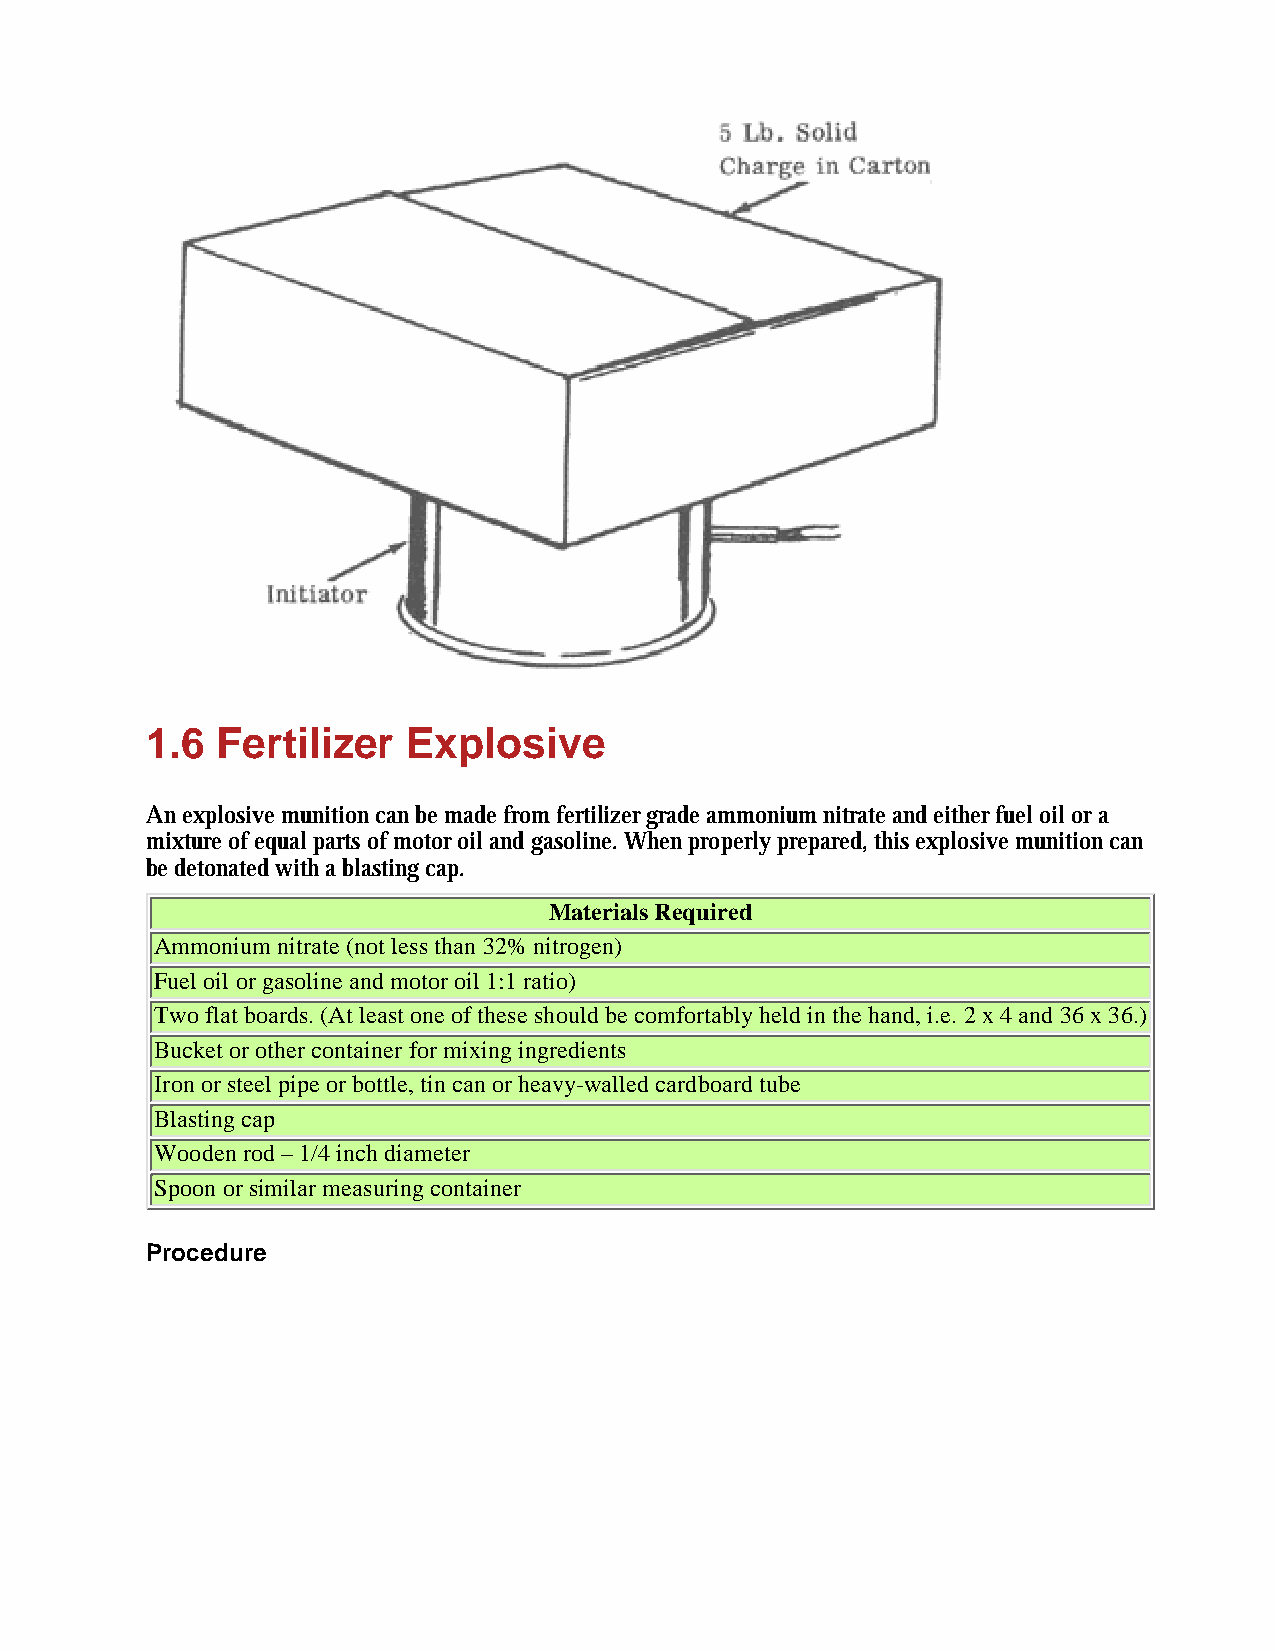
1.6 Fertilizer   Explosive
 An explosive munition can be made from fertilizer grade ammonium nitrate and either fuel oil or a
 mixture of equal parts of motor oil and gasoline. When properly prepared, this explosive munition can
 be detonated with a blasting cap.
 Materials Required
 Ammonium nitrate (not less than 32% nitrogen)
 Fuel oil or gasoline and motor oil 1:1 ratio)
 Two flat boards. (At least one of these should be comfortably held in the hand, i.e. 2 x 4 and 36 x 36.)
 Bucket or other container for mixing ingredients
 Iron or steel pipe or bottle, tin can or heavy-walled cardboard tube
 Blasting cap
 Wooden rod – 1/4 inch diameter
 Spoon or similar measuring container
 Procedure